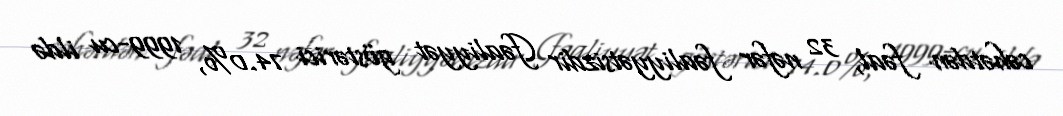
cəhətdən fəal, 32 nəfər fəaliyyətsizdir (fəaliyyət göstərici 74.0%, 1999-cu ildə